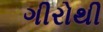
ગીરોથી